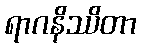
ရာဂနိဿိတာ